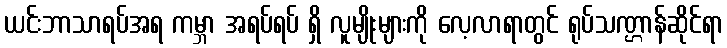
ယင်းဘာသာရပ်အရ ကမ္ဘာ အရပ်ရပ် ရှိ လူမျိုးများကို လေ့လာရာတွင် ရုပ်သဏ္ဌာန်ဆိုင်ရာ